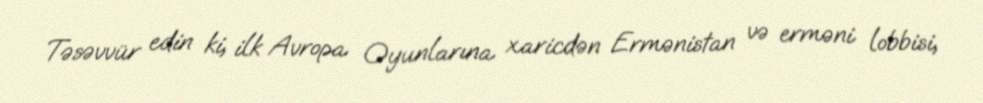
Təsəvvür edin ki, ilk Avropa Oyunlarına xaricdən Ermənistan və erməni lobbisi,